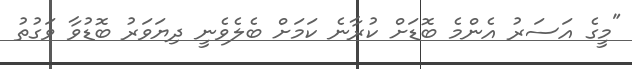
"މީގެ އަސަރު އެންމެ ބޮޑަށް ކުރާނެ ކަމަށް ބެލެވެނީ ދިޔަވަރު ބޮޑުވާ ވަގުތު